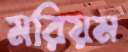
মরিয়ম